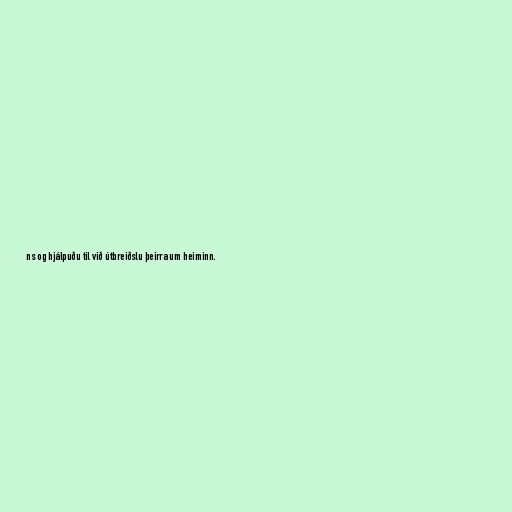
ns og hjálpuðu til við útbreiðslu þeirra um heiminn.